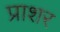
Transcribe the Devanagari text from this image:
प्राशर